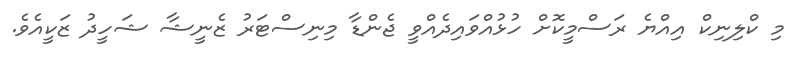
މި ކްލިނިކް އިއްޔެ ރަސްމީކޮށް ހުޅުއްވައިދެއްވީ ޖެންޑާ މިނިސްޓަރު ޒެނީޝާ ޝަހީދު ޒަކީއެވެ.